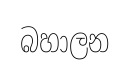
බහාලන